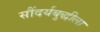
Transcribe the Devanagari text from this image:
सौंदर्यबुद्धीला